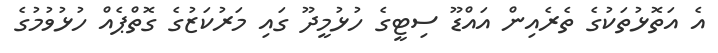
އެ އަތޮޅުތަކުގެ ތެރެއިން އައްޑޫ ސިޓީގެ ހުޅުމީދޫ ގައި މަރުކަޒުގެ ގޮތްޕެއް ހުޅުވުމުގެ